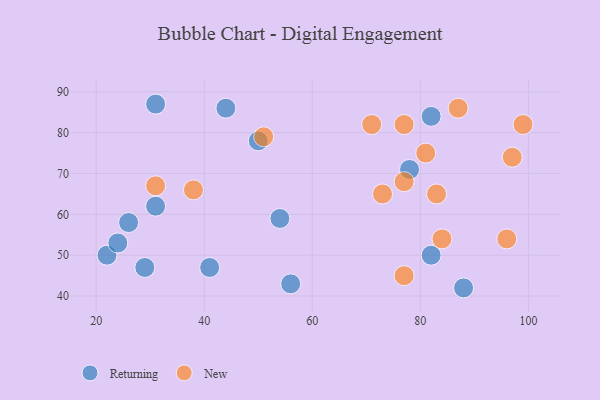
{"axis": {"x": "GDP", "y": "Life Expectancy"}, "legend": ["New", "Returning"], "data": [{"x": "41", "y": 47, "type": "Returning"}, {"x": "88", "y": 42, "type": "Returning"}, {"x": "50", "y": 78, "type": "Returning"}, {"x": "31", "y": 87, "type": "Returning"}, {"x": "54", "y": 59, "type": "Returning"}, {"x": "44", "y": 86, "type": "Returning"}, {"x": "29", "y": 47, "type": "Returning"}, {"x": "78", "y": 71, "type": "Returning"}, {"x": "22", "y": 50, "type": "Returning"}, {"x": "24", "y": 53, "type": "Returning"}, {"x": "26", "y": 58, "type": "Returning"}, {"x": "56", "y": 43, "type": "Returning"}, {"x": "82", "y": 50, "type": "Returning"}, {"x": "82", "y": 84, "type": "Returning"}, {"x": "31", "y": 62, "type": "Returning"}, {"x": "51", "y": 79, "type": "New"}, {"x": "77", "y": 68, "type": "New"}, {"x": "97", "y": 74, "type": "New"}, {"x": "38", "y": 66, "type": "New"}, {"x": "96", "y": 54, "type": "New"}, {"x": "81", "y": 75, "type": "New"}, {"x": "77", "y": 82, "type": "New"}, {"x": "71", "y": 82, "type": "New"}, {"x": "31", "y": 67, "type": "New"}, {"x": "73", "y": 65, "type": "New"}, {"x": "87", "y": 86, "type": "New"}, {"x": "99", "y": 82, "type": "New"}, {"x": "84", "y": 54, "type": "New"}, {"x": "83", "y": 65, "type": "New"}, {"x": "77", "y": 45, "type": "New"}]}